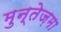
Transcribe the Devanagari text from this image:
मुन्तेज़मा